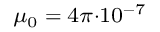
\scriptstyle \mu _ { 0 } \; = \; 4 \pi \cdot 1 0 ^ { - 7 }